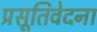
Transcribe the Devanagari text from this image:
प्रसूतिवेदना